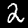
Digit: 2